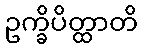
ဥက္ခိပိတ္ထာတိ